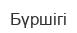
Бүршігі